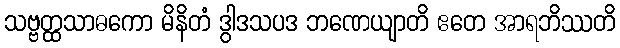
သဗ္ဗတ္ထသာဓကော မိနိတံ ဒွါဒသပဒ ဘဏေယျာတိ ဧတေ အာရဘိဿတိ